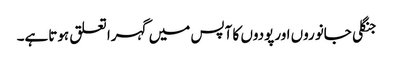
جنگلی جانوروں اورپودوں کا آپس میں گہرا تعلق ہوتاہے۔